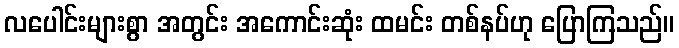
လပေါင်းများစွာ အတွင်း အကောင်းဆုံး ထမင်း တစ်နပ်ဟု ပြောကြသည်။